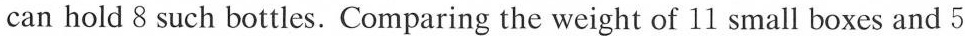
can hold 8 such bottles. Comparing the weight of 11 small boxes and 5